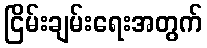
ငြိမ်းချမ်းရေးအတွက်